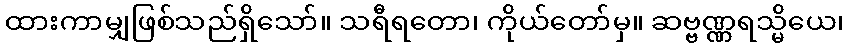
ထားကာမျှဖြစ်သည်ရှိသော်။ သရီရတော၊ ကိုယ်တော်မှ။ ဆဗ္ဗဏ္ဏရသ္မိယေ၊